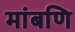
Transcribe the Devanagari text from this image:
मांबणि